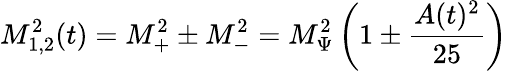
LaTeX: M_{1,2}^{2}(t)=M_{+}^{2}\pm M_{-}^{2}=M_{\Psi}^{2}\left(1\pm\frac{A(t)^{2}}{25}\right)